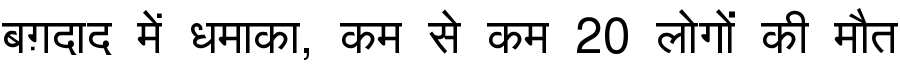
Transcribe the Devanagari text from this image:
बग़दाद में धमाका, कम से कम 20 लोगों की मौत